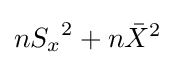
n{S_{x}}^{2}+n{\bar {X}}^{2}